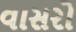
વાસરો